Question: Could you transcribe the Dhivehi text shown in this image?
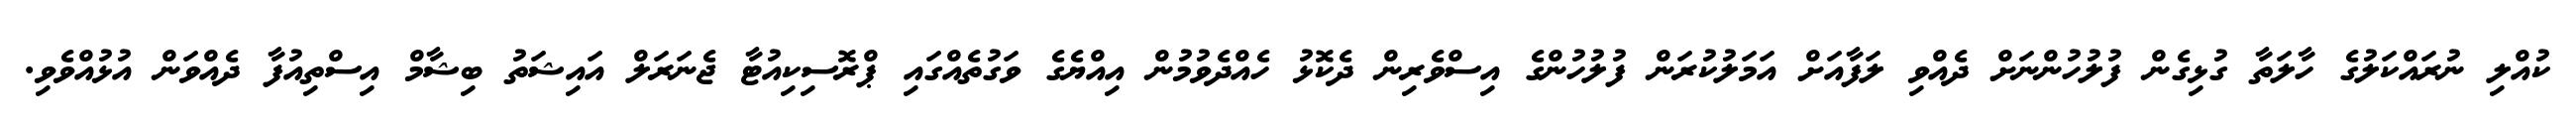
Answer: ކުއްލި ނުރައްކަލުގެ ހާލަތާ ގުޅިގެން ފުލުހުންނަށް ދެއްވި ލަފާއަށް އަމަލުކުރަން ފުލުހުންގެ އިސްވެރިން ދެކޮޅު ހެއްދެވުމުން އިއްޔެގެ ވަގުތެއްގައި ޕްރޮސިކިއުޓާ ޖެނަރަލް އައިޝަތު ބިޝާމް އިސްތިއުފާ ދެއްވަން އުޅުއްވެވި.